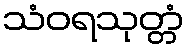
သံဝရသုတ္တံ